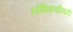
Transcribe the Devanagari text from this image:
स्त्रीशिक्षणाविषयी